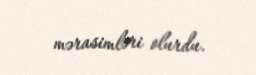
mərasimləri olurdu.